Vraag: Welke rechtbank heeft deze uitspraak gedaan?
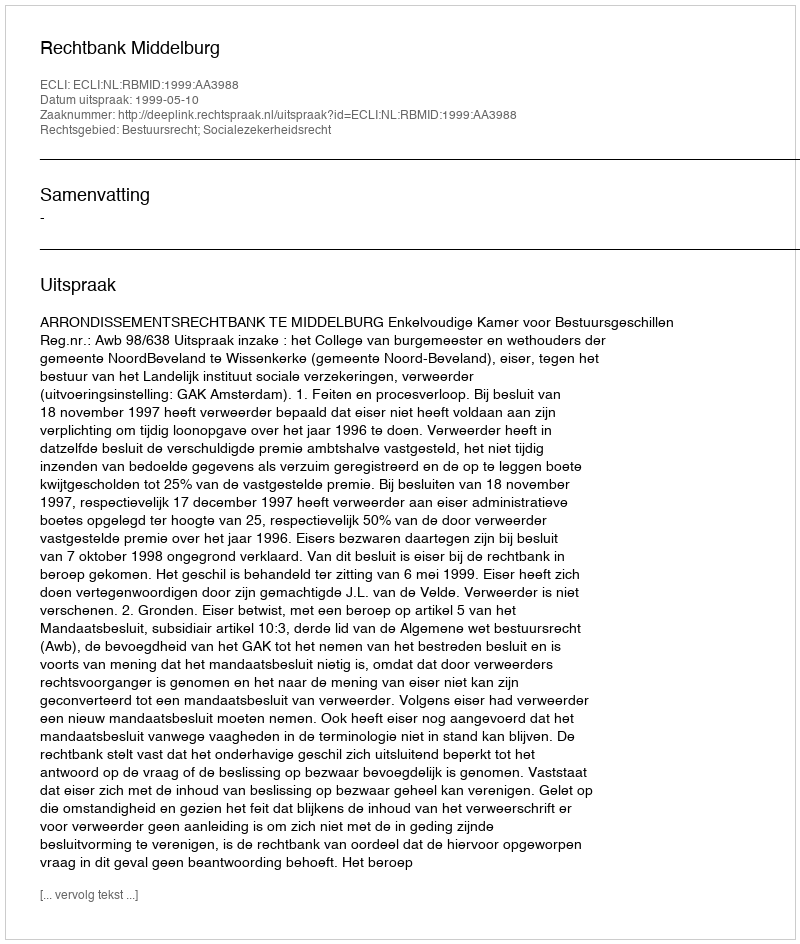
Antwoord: Rechtbank Middelburg